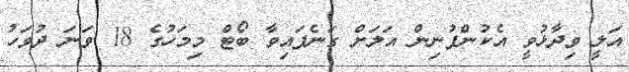
އަލީ ވިދާޅުވީ އެކުންފުނިން އަލަށް ގަނެފައިވާ ބޯޓް މިމަހުގެ 18 ވަނަ ދުވަހު